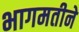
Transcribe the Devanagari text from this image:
भागमतीने